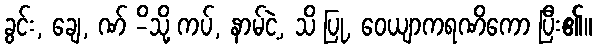
ခွင်း, ချေ, ဏ် -ိသို့ ကပ်, နာမ်ငဲ့, သိ ပြု, ဝေယျာကရဏိကော ပြီး၏။